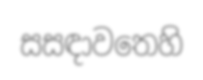
සසඳාවතෙහි